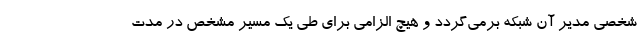
شخصی مدیر آن شبکه برمی‌گردد و هیچ الزامی برای طی یک مسیر مشخص در مدت